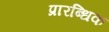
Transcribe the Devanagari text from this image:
प्रारब्धिक